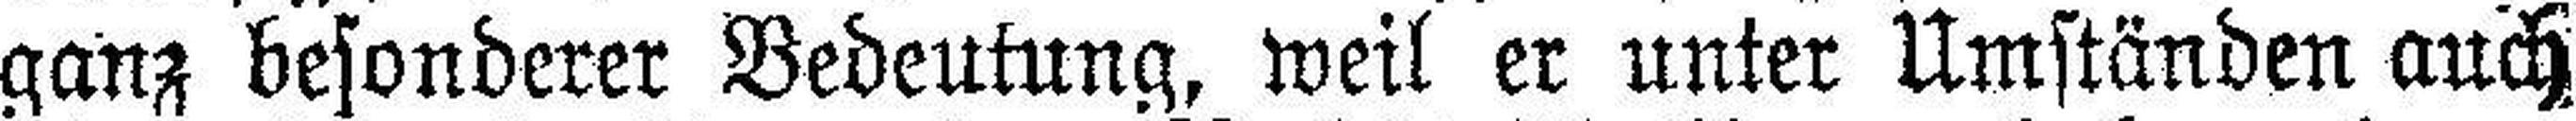
ganz besonderer Bedeutung, weil er unter Umständen auch